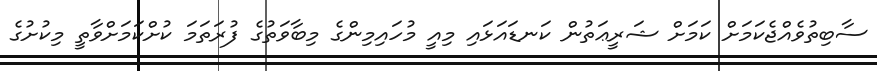
ސާބިތުވެއްޖެކަމަށް ކަމަށް ޝަރީޢަތުން ކަނޑައަޅައި މިއީ މުހައިމިންގެ މިބާވަތުގެ ފުރަތަމަ ކުށްކަމަށްވާތީ މިކުށުގެ